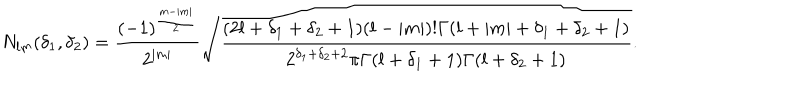
LaTeX: N _ { l m } ( \delta _ { 1 } , \delta _ { 2 } ) = \frac { ( - 1 ) ^ { \frac { m - | m | } { 2 } } } { 2 ^ { | m | } } \sqrt { \frac { ( 2 l + \delta _ { 1 } + \delta _ { 2 } + 1 ) ( l - | m | ) ! \Gamma ( l + | m | + \delta _ { 1 } + \delta _ { 2 } + 1 ) } { 2 ^ { \delta _ { 1 } + \delta _ { 2 } + 2 } { \pi } \Gamma ( l + \delta _ { 1 } + 1 ) \Gamma ( l + \delta _ { 2 } + 1 ) } } .